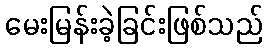
မေးမြန်းခဲ့ခြင်းဖြစ်သည်